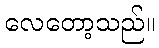
လေတော့သည်။